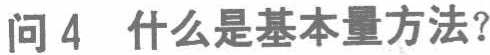
问 4 什么是基本量方法？